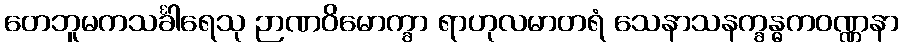
တေဘူမကသင်္ခါရေသု ဉာဏဝိမောက္ခာ ရာဟုလမာတရံ သေနာသနက္ခန္ဓကဝဏ္ဏနာ